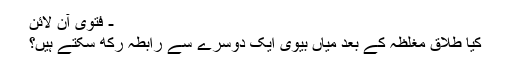
- فتویٰ آن لائن
کیا طلاق مغلظہ کے بعد میاں بیوی ایک دوسرے سے رابطہ رکھ سکتے ہیں؟